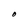
Character: O